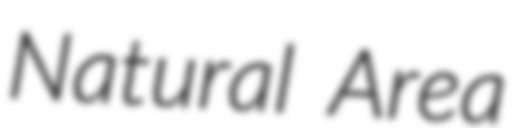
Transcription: Natural Area